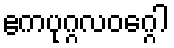
ဧကပုဂ္ဂလဝဂ္ဂေါ